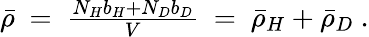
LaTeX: \begin{array}{r}{\bar{\rho}~=~\frac{N_{H}b_{H}+N_{D}b_{D}}{V}~=~\bar{\rho}_{H}+\bar{\rho}_{D}~.}\end{array}